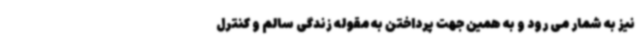
نیز به شمار می رود و به همین جهت پرداختن به مقوله زندگی سالم و کنترل